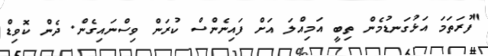
"ފުރަތަމަ އަޅުގަނޑުމެން ތިބީ އަމިއްލަ އަށް ފައިނެންސް ކުރަން ވިސްނައިގެން. ދެން ކޮވިޑް